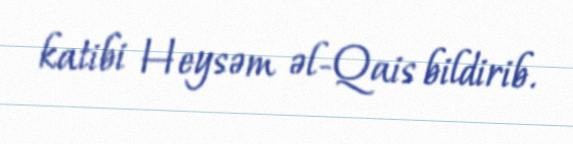
katibi Heysəm əl-Qais bildirib.